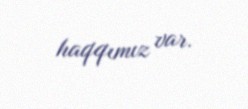
haqqımız var.